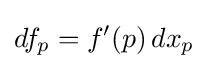
df_{p}=f'(p)\,dx_{p}